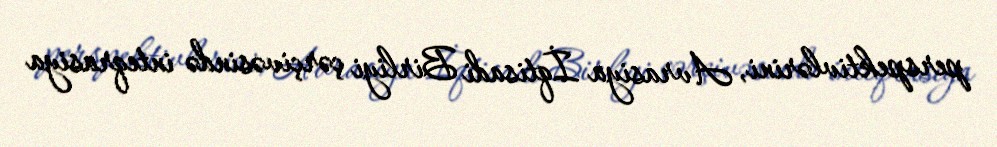
perspektivlərini, Avrasiya İqtisadi Birliyi çərçivəsində inteqrasiya